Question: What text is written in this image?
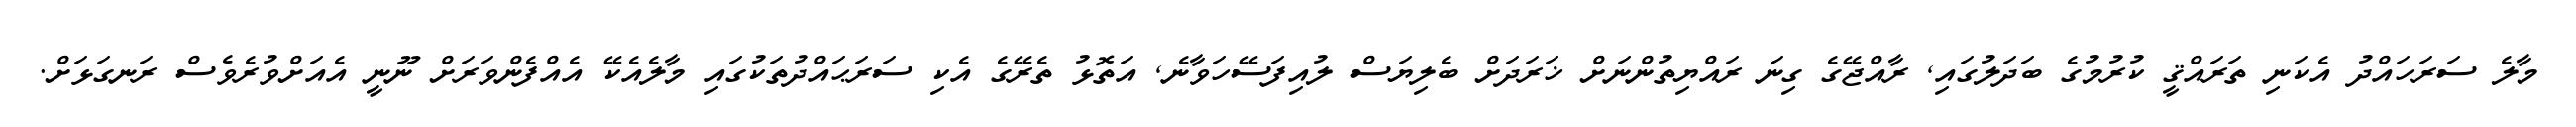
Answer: މާލެ ސަރަހައްދު އެކަނި ތަރައްޤީ ކުރުމުގެ ބަދަލުގައި, ރާއްޖޭގެ ގިނަ ރައްޔިތުންނަށް ޚަރަދަށް ބެލިޔަސް ލުއިފަސޭހަވާނެ, އަތޮޅު ތެރޭގެ އެކި ސަރަޙައްދުތަކުގައި މާލެއެކޭ އެއްފެންވަރަށް ނޫނީ އެއަށްވުރެވެސް ރަނގަޅަށް.